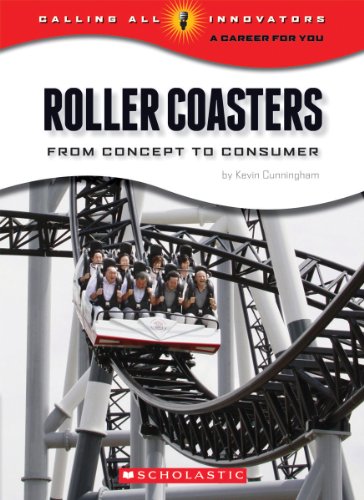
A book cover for Roller Coasters (Calling All Innovators: A Career for You?); Kevin Cunningham; Children's Books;